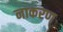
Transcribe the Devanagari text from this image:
नाकरण